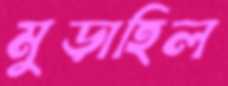
মুড়াহিল